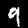
Digit: 9